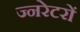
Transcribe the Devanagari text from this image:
ज्नरेटरों